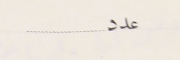
عدد